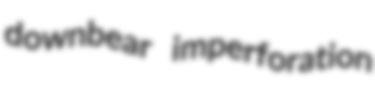
downbear imperforation